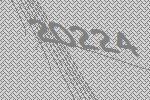
20224